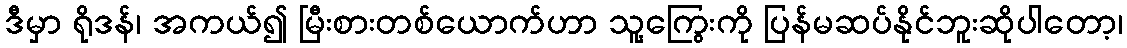
ဒီမှာ ရိုဒန်၊ အကယ်၍ မြီးစားတစ်ယောက်ဟာ သူ့ကြွေးကို ပြန်မဆပ်နိုင်ဘူးဆိုပါတော့၊